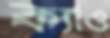
ক্যাও